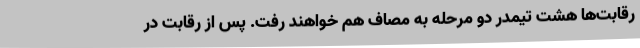
رقابت‌ها هشت تیمدر دو مرحله به مصاف هم خواهند رفت. پس از رقابت در